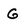
Character: G